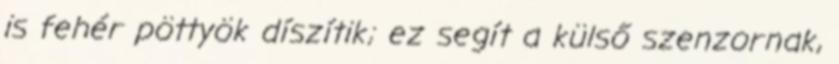
is fehér pöttyök díszítik; ez segít a külső szenzornak,